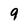
Character: 9